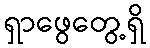
ရှာဖွေတွေ့ရှိ